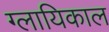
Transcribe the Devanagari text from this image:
ग्लायिकाल